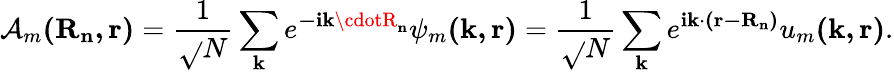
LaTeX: \mathcal{A}_{m}\mathbf{{(R_{n},r)}}={\frac{{1}}{{\sqrt{}{{N}}}}}\sum_{\mathbf{{k}}}{e^{\mathbf{{-ik\cdotR_{n}}}}\psi_{m}\mathbf{{(k,r)}}}={\frac{{1}}{{\sqrt{}{{N}}}}}\sum_{\mathbf{{k}}}{e^{\mathbf{{ik\cdot(r-R_{n})}}}u_{m}\mathbf{{(k,r)}}}.